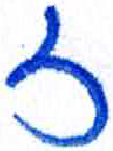
אות: ז